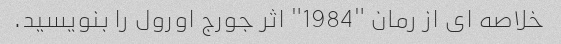
خلاصه ای از رمان "1984" اثر جورج اورول را بنویسید.